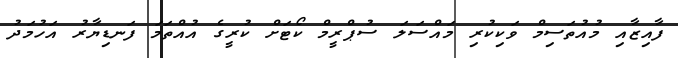
ފާއިޒާއި މުއުތަސިމް ވަކިކުރި މައްސަލަ ސުޕްރީމް ކޯޓަށް ކުރީގެ އުއްތަމަ ފަނޑިޔާރު އަހުމަދު